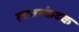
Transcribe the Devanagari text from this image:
रक्त्तस्कंदक